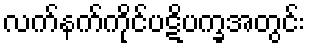
လက်နက်ကိုင်ပဋိပက္ခအတွင်း